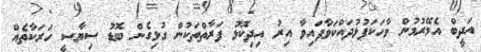
އަދީބް އެމޭރުމުން ވާހަކަފުޅުދައްކަވާފައިވާ އިރު އިދިކޮޅު ފަރާތްތަކުން ގުޅިގެން ބޮޑު ސިޔާސީ ހަރަކާތެއް